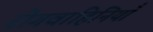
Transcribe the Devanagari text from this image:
रोगवाहिनियाँ